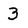
Character: 3